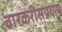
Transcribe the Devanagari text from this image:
वारकरीसंप्रदाय